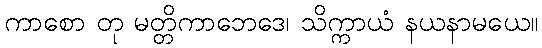
ကာစော တု မတ္တိကာဘေဒေ၊ သိက္ကာယံ နယနာမယေ။